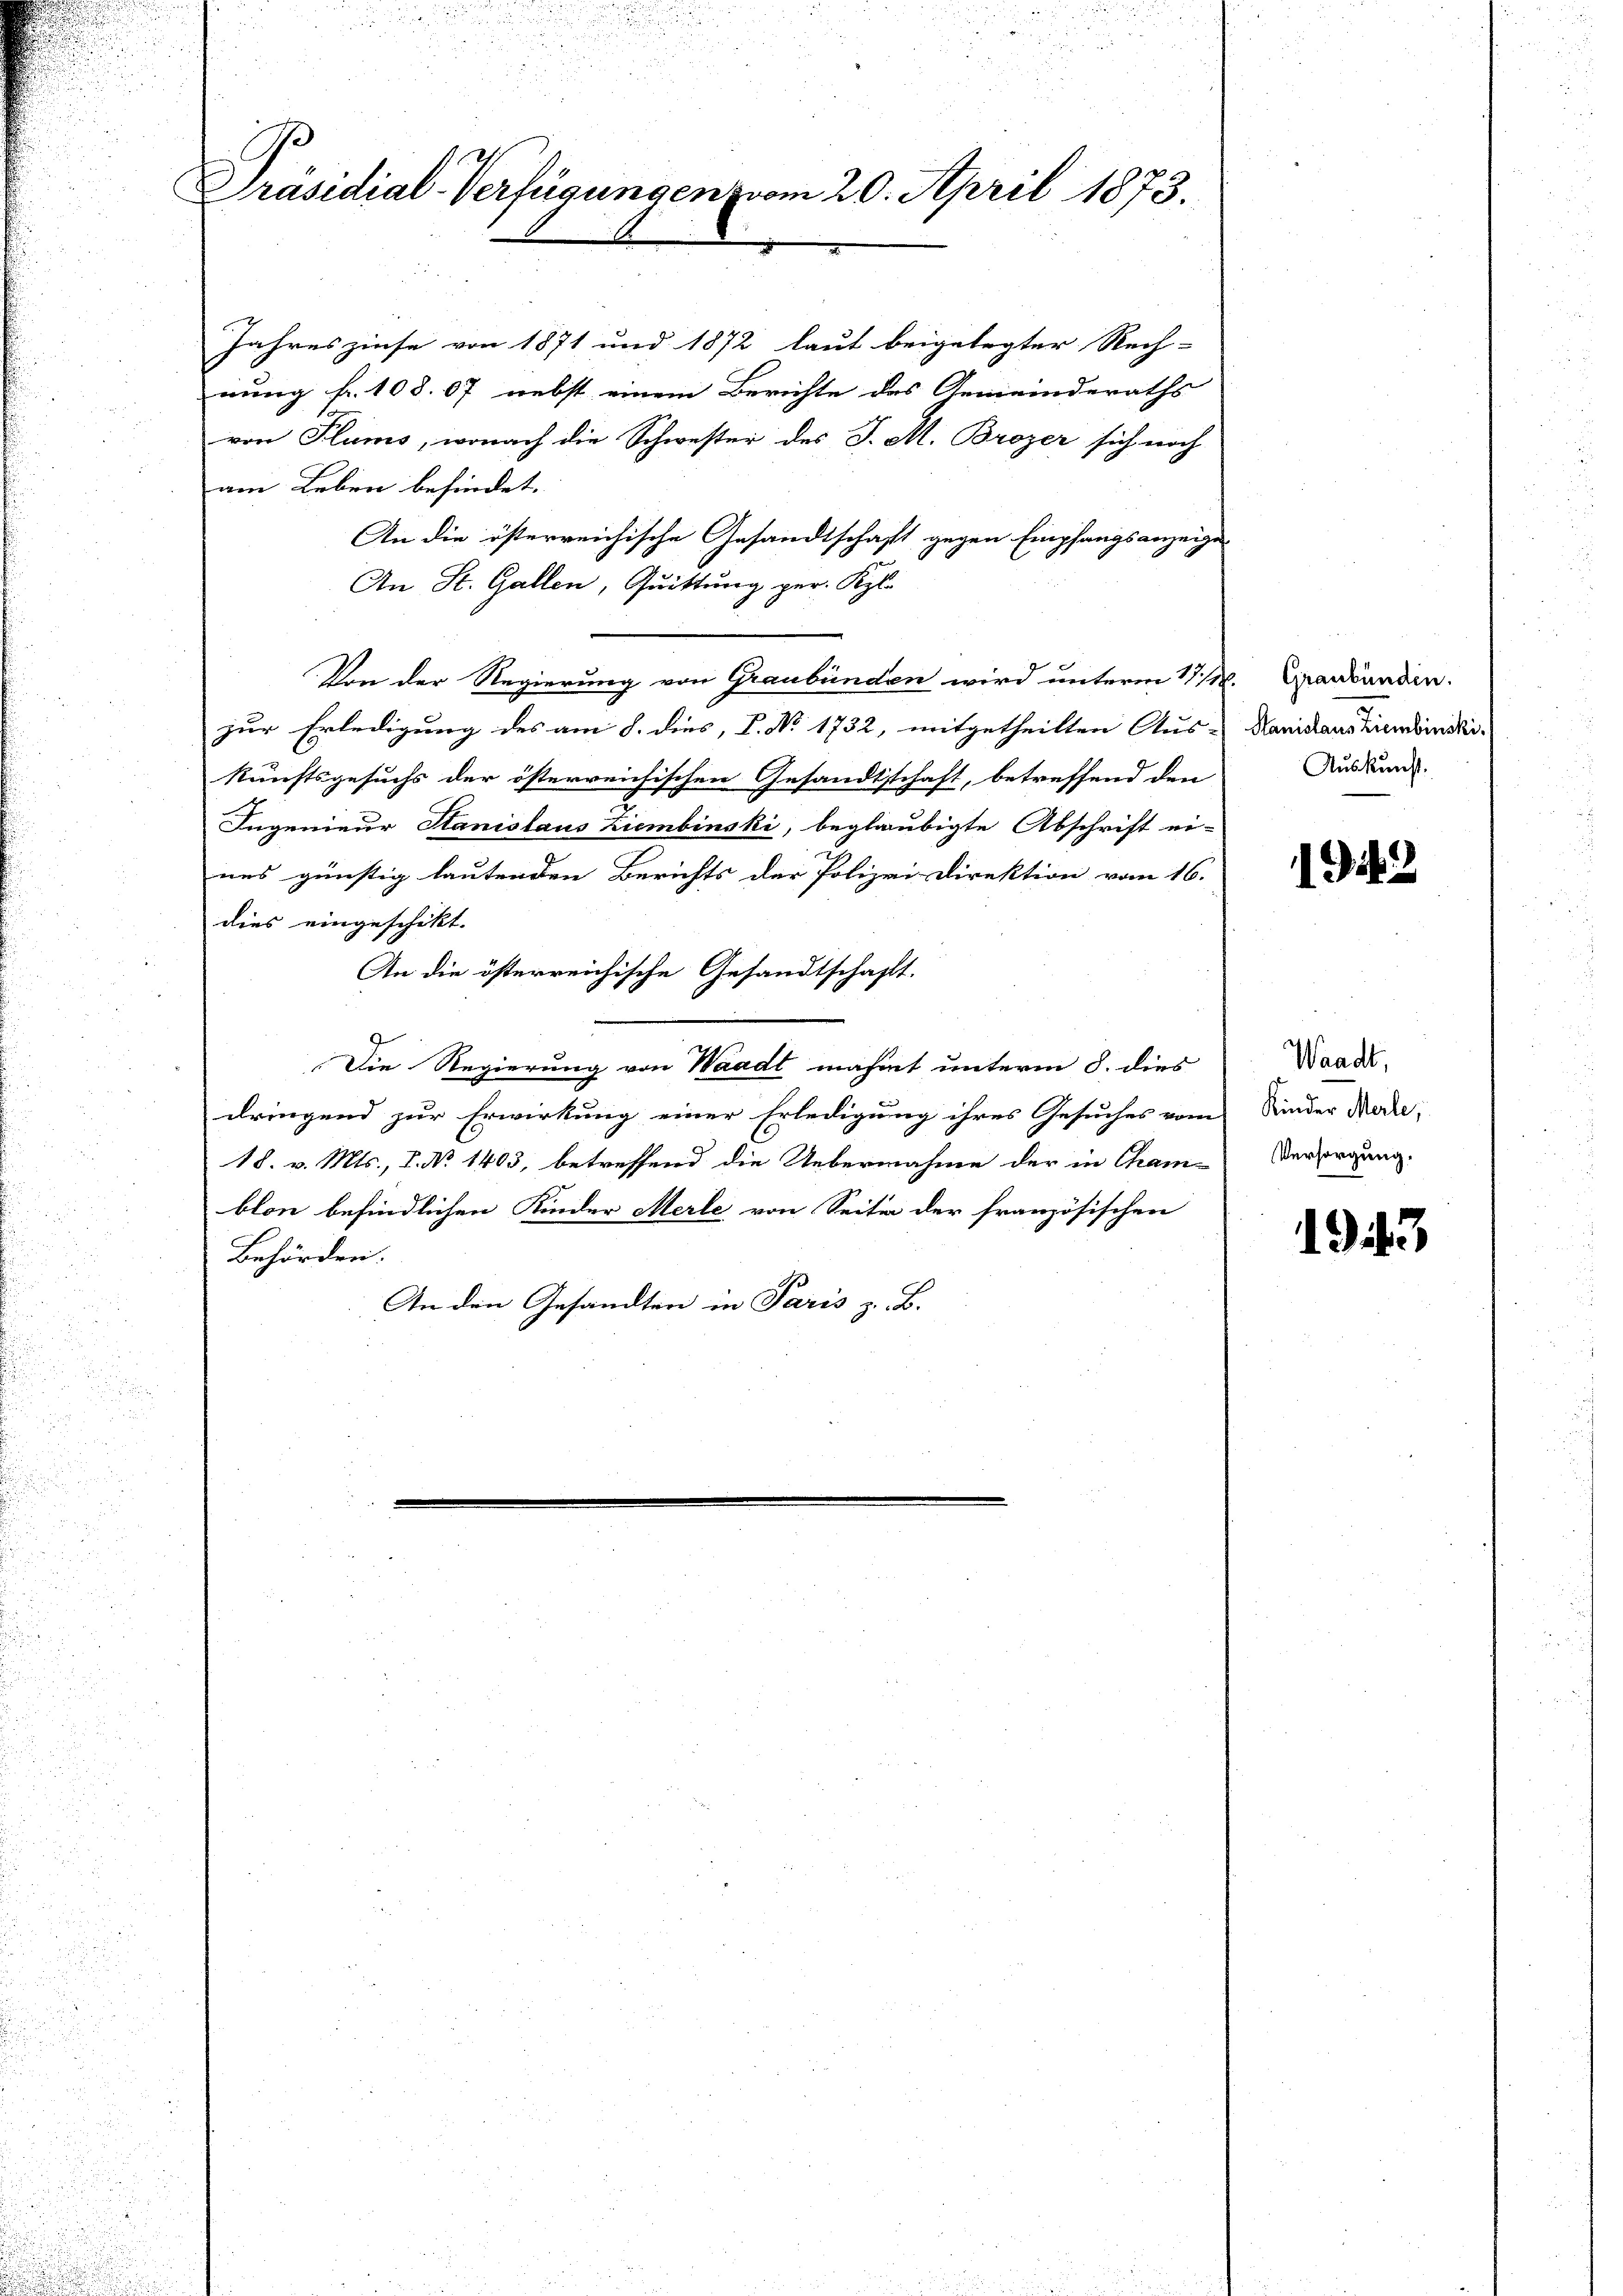
Präsidial-Verfügungen vom 20. April 1873.

Jahreszinse von 1871 und 1872 laut beigelegter Rech-
nung fr. 108. 67 nebst einem Berichte das Gemeinderaths
von Plums, wonach die Schwester des J. M. Brozer sich noch
am Leben befindet.
An die österreichische Gesandtschaft gegen Empfangsanzeige
An St. Gallen, Quittung per. Kgl.
Von der Regierung von Graubünden wird unterm 17. M. Carbunden.
zur Erledigung des am 8. dies, V. No 1732, mitgetheilten Aus-
kunftsgesuchs der österreichischen Gesandtschaft, betreffend den
Ingenieur Hanislaus Ziembinski, beglaubigte Abschrift ei-
ues günstig lautenden Berichts der Polizei Direktion vom 16.
dies eingeschikt.
An die österreichische Gesandtschafft.
Die Regierung von Waadt mahnt unterm 8. dies
dringend zur Erwirkung einer Erledigung ihres Gesuches vom
18. v. Mts., 7. No 1403, betreffend die Uebernahme der in Cham-
blon befindlichen Kinder Merle von Seite der französischen
Behörden.
An den Gesandten in Paris z. B.

Hanislaus Ziembinski¬
Auskunft.

1942

Waadt,
Kinder Merle,
Versorgung.

1943